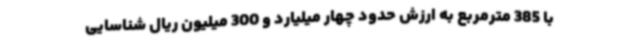
با 385 مترمربع به ارزش حدود چهار میلیارد و 300 میلیون ریال شناسایی